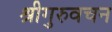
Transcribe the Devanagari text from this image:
श्रीगुरुवचन